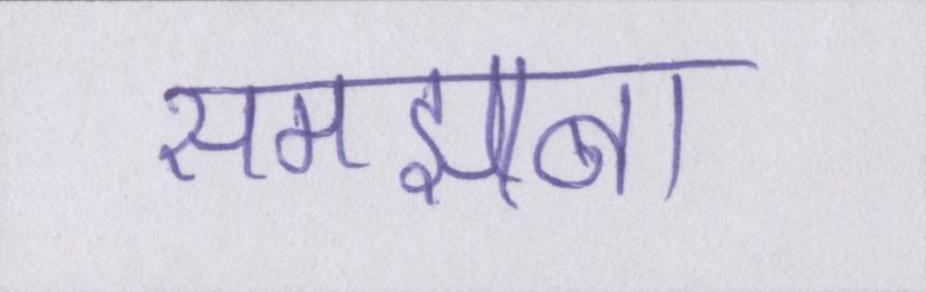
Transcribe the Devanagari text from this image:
समझाना